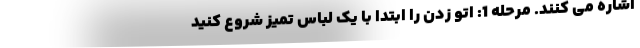
اشاره می کنند. مرحله 1: اتو زدن را ابتدا با یک لباس تمیز شروع کنید